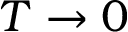
T \rightarrow 0